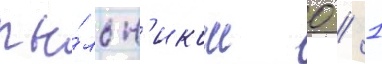
пы́льн'иком 0 / 1